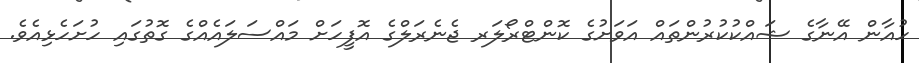
ހުއާން އޭނާގެ ޝައްކުކުރުންތައް އަވަށުގެ ކޮންޓްރޯލަރ ޖެނެރަލްގެ އޮފީހަށް މައްސަލައެއްގެ ގޮތުގައި ހުށަހެޅިއެވެ.